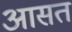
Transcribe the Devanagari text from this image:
आसत